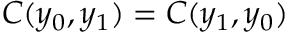
C ( y _ { 0 } , y _ { 1 } ) = C ( y _ { 1 } , y _ { 0 } )